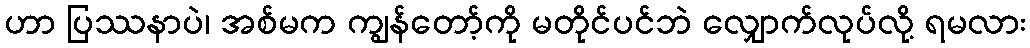
ဟာ ပြဿနာပဲ၊ အစ်မက ကျွန်တော့်ကို မတိုင်ပင်ဘဲ လျှောက်လုပ်လို့ ရမလား